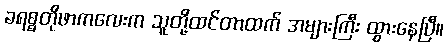
ခရစ္စတိုဖာကလေးက သူတို့ထင်တာထက် အများကြီး ထွားနေပြီ။